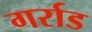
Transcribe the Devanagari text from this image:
गर्राड